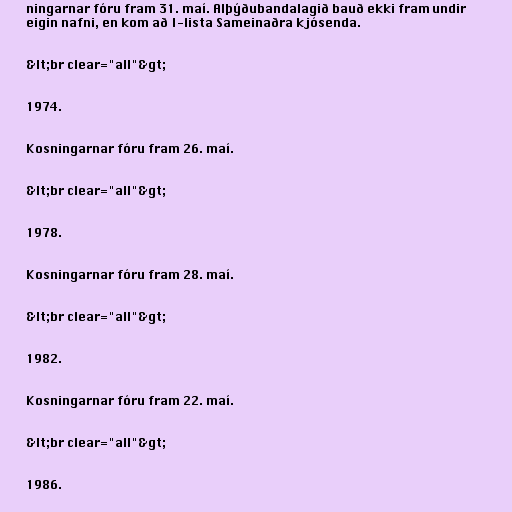
ningarnar fóru fram 31. maí. Alþýðubandalagið bauð ekki fram undir
eigin nafni, en kom að I-lista Sameinaðra kjósenda.

&lt;br clear="all"&gt;

1974.

Kosningarnar fóru fram 26. maí.

&lt;br clear="all"&gt;

1978.

Kosningarnar fóru fram 28. maí.

&lt;br clear="all"&gt;

1982.

Kosningarnar fóru fram 22. maí.

&lt;br clear="all"&gt;

1986.